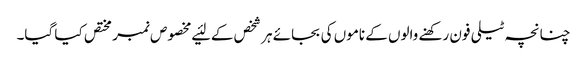
چنانچہ ٹیلی فون رکھنے والوں کے ناموں کی بجائے ہر شخص کے لئیے مخصوص نمبر مختص کیا گیا۔